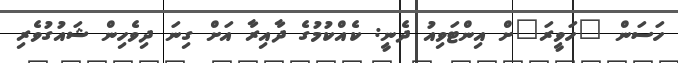
ހަސަން "ހަވީރަ"ށް އިންޓަވިއު ދެނީ: ކެއްކުމުގެ ދާއިރާ އަށް ގިނަ ދިވެހިން ޝައުގުވެރި